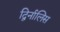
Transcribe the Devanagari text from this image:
द्विर्नालिस